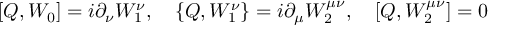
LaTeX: \lbrack Q , W _ { 0 } ] = i \partial _ { \nu } W _ { 1 } ^ { \nu } , \quad \{ Q , W _ { 1 } ^ { \nu } \} = i \partial _ { \mu } W _ { 2 } ^ { \mu \nu } , \quad \lbrack Q , W _ { 2 } ^ { \mu \nu } ] = 0 \nonumber